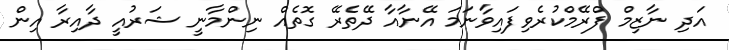
އަދި ނާޒިމް ފްރޭމްކުރެވިފައިވާނަމަ އޭނާއާ ދޭތެރޭ ގޮތެއް ނިންމާނީ ޝަރުއީ ދާއިރާ އިން